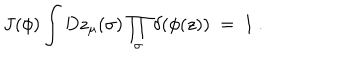
J ( \phi ) \int D z _ { \mu } ( \sigma ) \prod _ { \sigma } \delta ( \phi ( z ) ) \ = \ 1 \ .